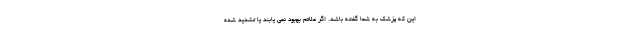
این که پزشک به شما گفته باشد. اگر علائم بهبود نمی یابند یا تشدید شده